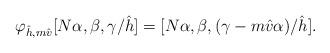
LaTeX: \begin{align*}\varphi_{\hat h, m \hat v} [N\alpha,\beta,\gamma/\hat h] =[N\alpha,\beta,(\gamma-m\hat v \alpha)/\hat h].\end{align*}